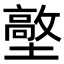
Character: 𡒋